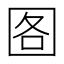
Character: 𮰘